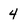
Character: 4